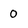
Character: 0